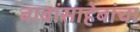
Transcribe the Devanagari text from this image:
बाबांसाहेबांचा